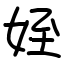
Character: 姪